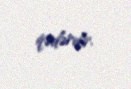
qədərdir.